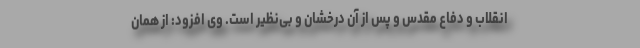
انقلاب و دفاع مقدس و پس از آن درخشان و بی‌نظیر است. وی افزود: از همان